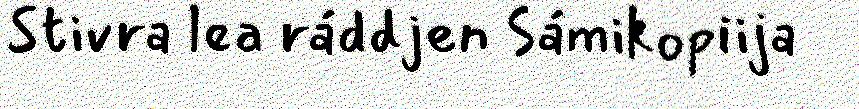
Stivra lea ráddjen Sámikopiija